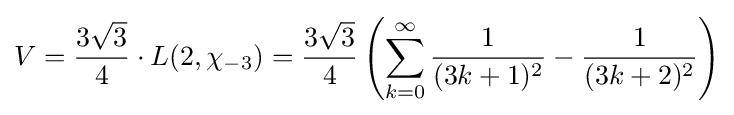
V={\frac {3{\sqrt {3}}}{4}}\cdot L(2,\chi _{-3})={\frac {3{\sqrt {3}}}{4}}\left(\sum _{k=0}^{\infty }{\frac {1}{(3k+1)^{2}}}-{\frac {1}{(3k+2)^{2}}}\right)